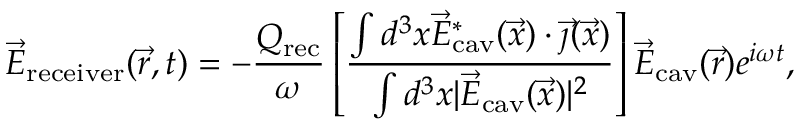
\vec { E } _ { \mathrm { r e c e i v e r } } ( \vec { r } , t ) = - \frac { Q _ { \mathrm { r e c } } } \omega \left[ \frac { \int d ^ { 3 } x \vec { E } _ { \mathrm { c a v } } ^ { * } ( \vec { x } ) \cdot \vec { \jmath } ( \vec { x } ) } { \int d ^ { 3 } x | \vec { E } _ { \mathrm { c a v } } ( \vec { x } ) | ^ { 2 } } \right] \vec { E } _ { \mathrm { c a v } } ( \vec { r } ) e ^ { i \omega t } ,